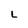
Character: L